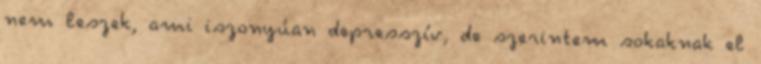
nem leszek, ami iszonyúan depresszív, de szerintem sokaknak el